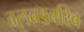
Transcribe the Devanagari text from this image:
ग्लबडबरिब